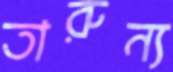
তারুন্য